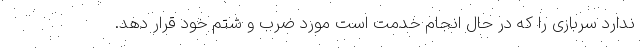
ندارد سربازی را که در حال انجام خدمت است مورد ضرب و شتم خود قرار دهد.